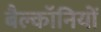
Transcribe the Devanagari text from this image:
बैल्कॉनियों